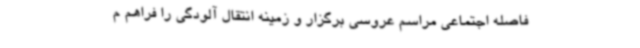
فاصله اجتماعی مراسم عروسی برگزار و زمینه انتقال آلودگی را فراهم م